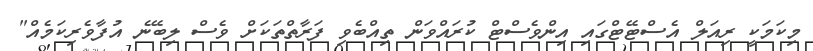
މިކަމަކީ ރިއަލް އެސްޓޭޓްގައި އިންވެސްޓް ކުރައްވަން ތިއްބެވި ފަރާތްތަކަށް ވެސް ލިބޭނެ އުފާވެރިކަމެއް"